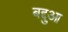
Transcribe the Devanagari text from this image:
बद्दुआ